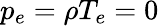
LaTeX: p_{e}=\rho T_{e}=0